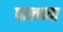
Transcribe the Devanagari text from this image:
पालव्या